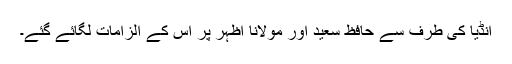
انڈیا کی طرف سے حافظ سعید اور مولانا اظہر پر اس کے الزامات لگائے گئے۔